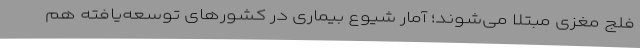
فلج مغزی مبتلا می‌شوند؛ آمار شیوع بیماری در کشورهای توسعه‌یافته هم